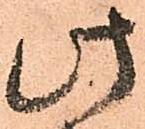
此